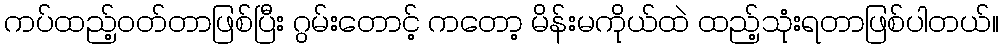
ကပ်ထည့်ဝတ်တာဖြစ်ပြီး ဂွမ်းတောင့် ကတော့ မိန်းမကိုယ်ထဲ ထည့်သုံးရတာဖြစ်ပါတယ်။